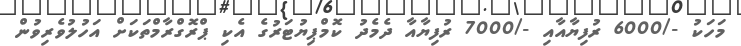
މަހަކު -/6000 ރުފިޔާއާއި -/7000 ރުފިޔާއާ ދެމެދު ކޮމްޕިޔުޓަރުގެ އެކި ޕްރޮގްރާމްތަކަށް އަހުލުވެރިވުން